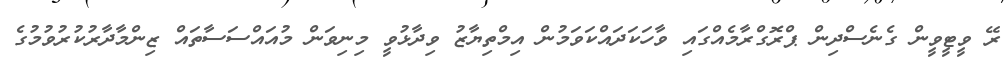
ރޭ ވީޓީވީން ގެނެސްދިން ޕްރޮގްރާމެއްގައި ވާހަކަދައްކަވަމުން އިމްތިޔާޒު ވިދާޅުވީ މިނިވަން މުއައްސަސާތައް ޒިންމާދާރުކުރުވުމުގެ